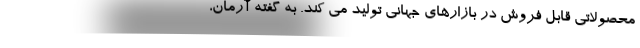
محصولاتی قابل فروش در بازارهای جهانی تولید می کند. به گفته آرمان،